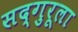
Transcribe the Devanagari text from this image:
सद्‌गुरूला